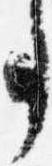
事